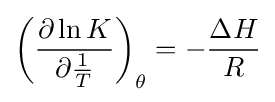
\left({\frac {\partial \ln K}{\partial {\frac {1}{T}}}}\right)_{\theta }=-{\frac {\Delta H}{R}}